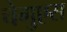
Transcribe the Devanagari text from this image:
चेगुएस